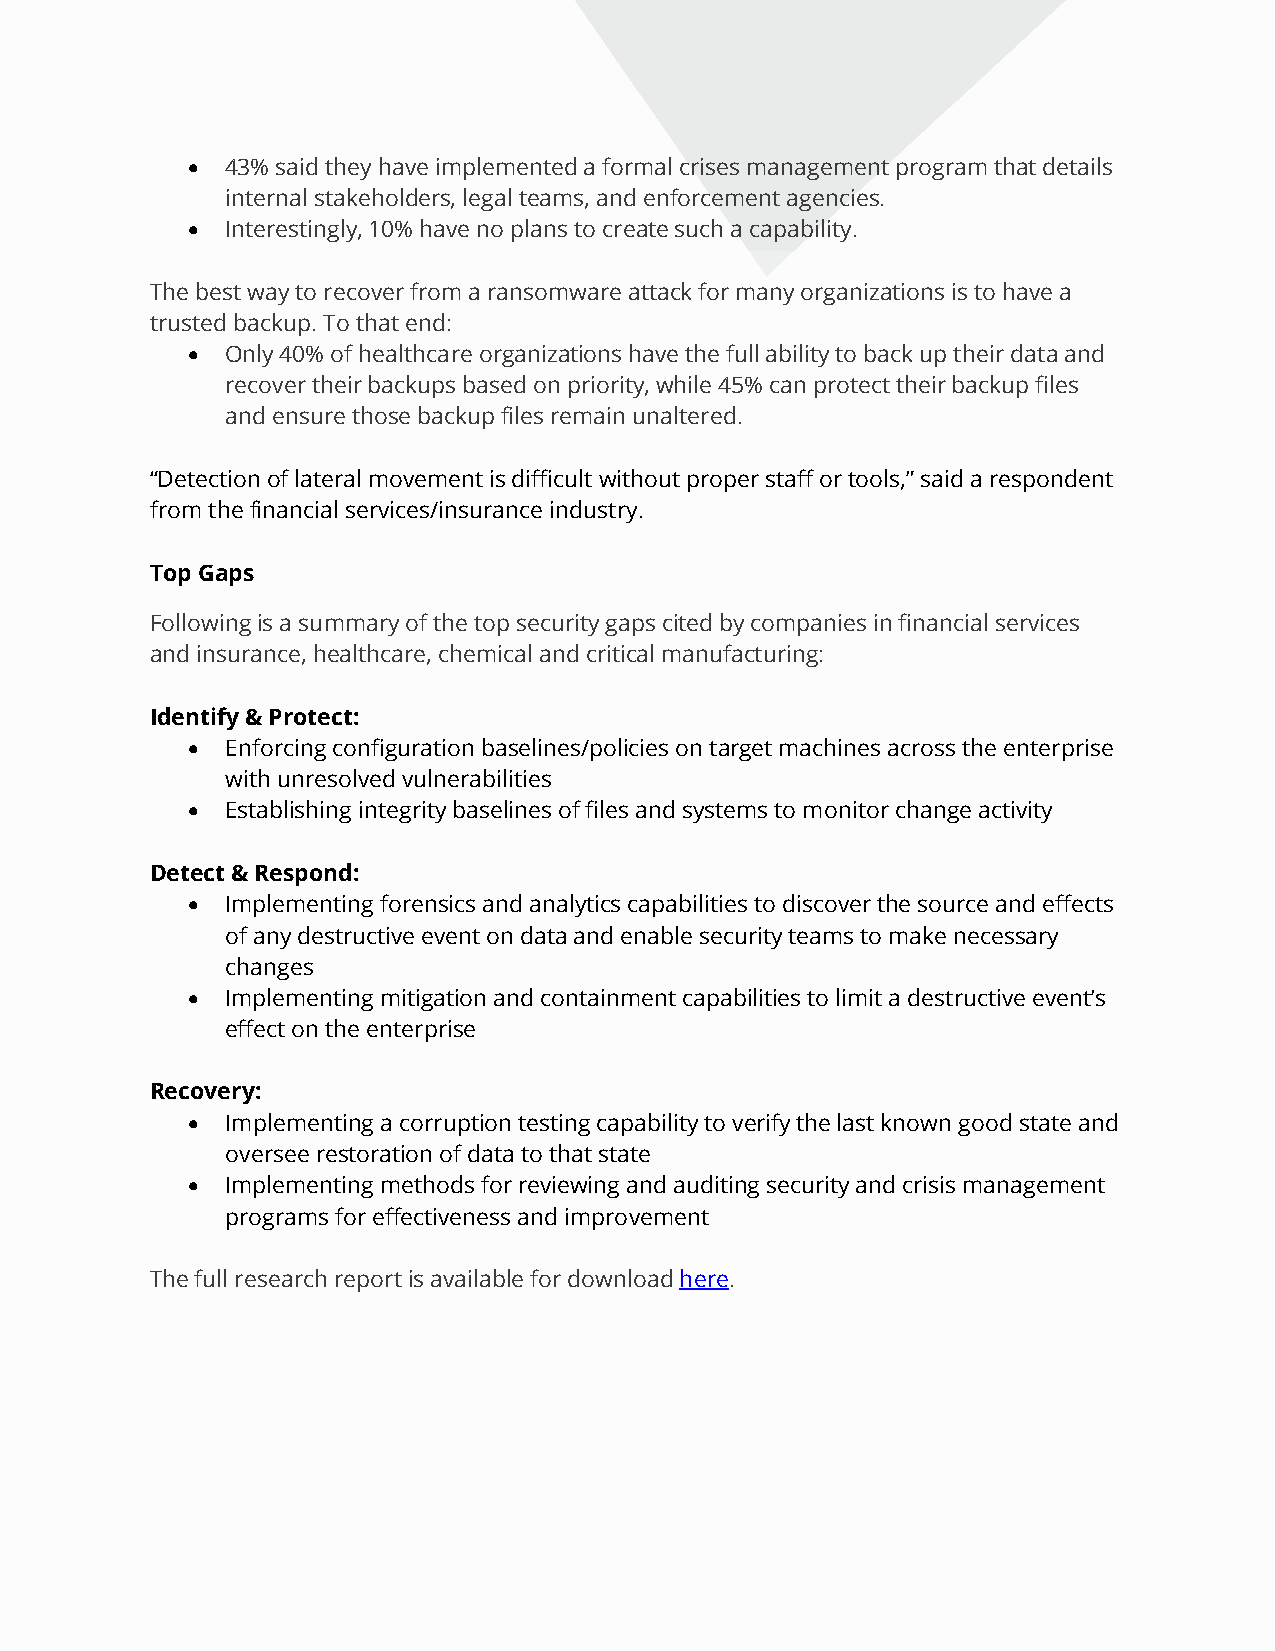
•  43% said they have implemented a formal crises management program that details
 internal stakeholders, legal teams, and enforcement agencies.
 •  Interestingly, 10% have no plans to create such a capability.
 The best way to recover from a ransomware attack for many organizations is to have a
 trusted backup. To that end:
 •  Only 40% of healthcare organizations have the full ability to back up their data and
 recover their backups based on priority, while 45% can protect their backup files
 and ensure those backup files remain unaltered.
 “Detection of lateral movement is difficult without proper staff or tools,” said a respondent
 from the financial services/insurance industry.
 Top Gaps
 Following is a summary of the top security gaps cited by companies in financial services
 and insurance, healthcare, chemical and critical manufacturing:
 Identify & Protect:
 •  Enforcing configuration baselines/policies on target machines across the enterprise
 with unresolved vulnerabilities
 •  Establishing integrity baselines of files and systems to monitor change activity
 Detect & Respond:
 •  Implementing forensics and analytics capabilities to discover the source and effects
 of any destructive event on data and enable security teams to make necessary
 changes
 •  Implementing mitigation and containment capabilities to limit a destructive event’s
 effect on the enterprise
 Recovery:
 •  Implementing a corruption testing capability to verify the last known good state and
 oversee restoration of data to that state
 •  Implementing methods for reviewing and auditing security and crisis management
 programs for effectiveness and improvement
 The full research report is available for download here.